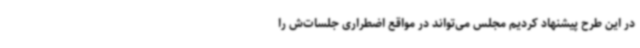
در این طرح پیشنهاد کردیم مجلس می‌تواند در مواقع اضطراری جلسات‌ش را